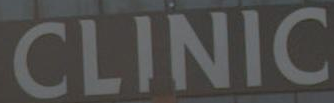
CLINIC